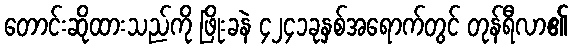
တောင်းဆိုထားသည်ကို ဖြိုးခနဲ ၄၂၄၁ခုနှစ်အရောက်တွင် တုန်ရီလာ၏